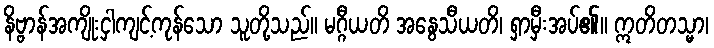
နိဗ္ဗာန်အကျိုးငှါကျင့်ကုန်သော သူတို့သည်။ မဂ္ဂီယတိ အနွေသီယတိ၊ ရှာမှီးအပ်၏။ ဣတိတသ္မာ၊